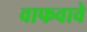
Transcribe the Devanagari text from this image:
वाफवावे